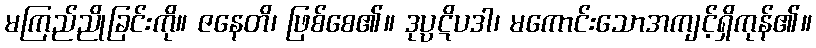
မကြည်ညိုခြင်းကို။ ဇနေတိ၊ ဖြစ်စေ၏။ ဒုပ္ပဋိပဒါ၊ မကောင်းသောအကျင့်ရှိကုန်၏။